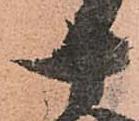
十